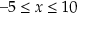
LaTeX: - 5 \leq x \leq 1 0